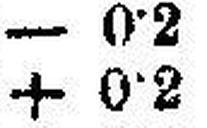
+ 0·2